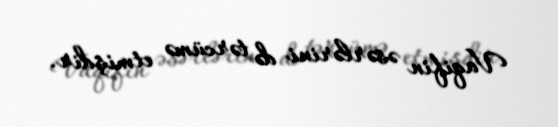
Vaqifin əsərlərini də tərcümə etmişdir.